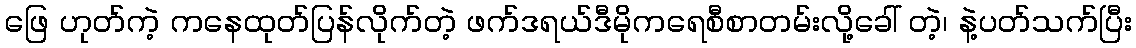
ဖြေ ဟုတ်ကဲ့ ကနေထုတ်ပြန်လိုက်တဲ့ ဖက်ဒရယ်ဒီမိုကရေစီစာတမ်းလို့ခေါ် တဲ့၊ နဲ့ပတ်သက်ပြီး